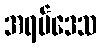
အရပ်ဒေသ